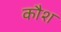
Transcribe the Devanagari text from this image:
कौश